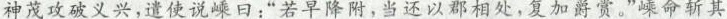
神茂攻破义兴，遣使说嵊日：“若早降附，当还以郡相处，复加爵赏。”嵊命斩其